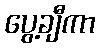
ပွေ့ချီကာ